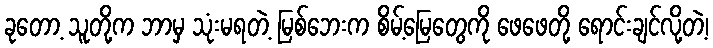
ခုတော့ သူတို့က ဘာမှ သုံးမရတဲ့ မြစ်ဘေးက စိမ့်မြေတွေကို ဖေဖေတို့ ရောင်းချင်လို့တဲ့၊